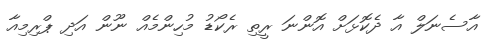
އާސެނަލް އާ ދެކޮޅަށް އޮންނަ ރީތި ރެކޯޑު މުހިންމެއް ނޫން އަދި ޕްރިމިއާ